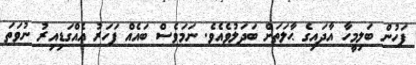
ފަހުން ބަލިމީހާ އާދައިގެ ޙާލަަތަށް ބަދަލުވެއެވެ. ނަމަވެސް ބައެއް ފަހަރު އެއްގަޑިއިރު ނުވަތަ